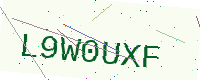
Text: L9W0UXF